Report on the metropolitan horse fairs and district horse shows of 1892-93 - 1892-1893
Year: 1892
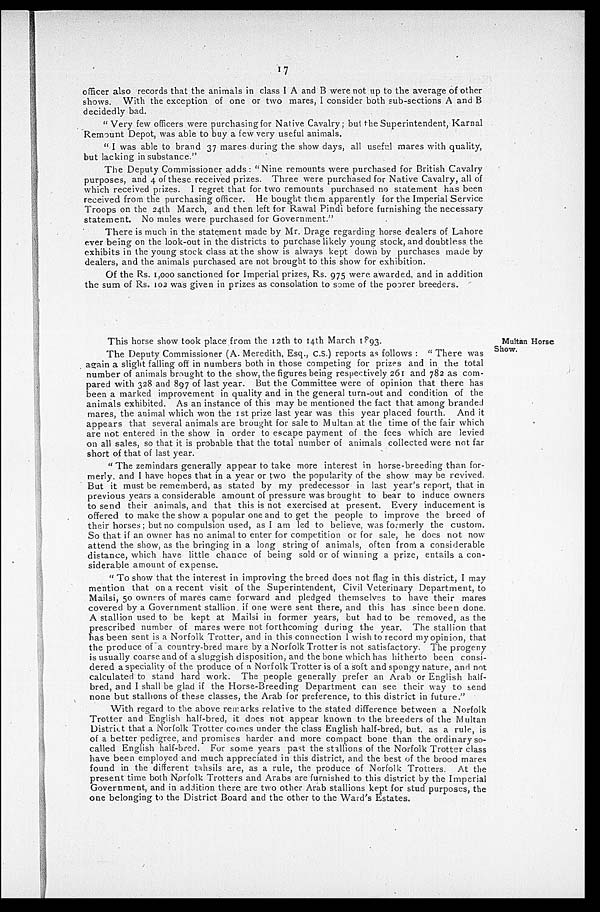
17
officer also records that the animals in class I A and B were not up to the average of other
shows. With the exception of one or two mares, I consider both sub-sections A and B
decidedly bad.
"Very few officers were purchasing for Native Cavalry; but the Superintendent, Karnal
Remount Depot, was able to buy a few very useful animals.
"I was able to brand 37 mares during the show days, all useful mares with quality,
but lacking in substance."
The Deputy Commissioner adds: "Nine remounts were purchased for British Cavalry
purposes, and 4 of these received prizes. Three were purchased for Native Cavalry, all of
which received prizes. I regret that for two remounts purchased no statement has been
received from the purchasing officer. He bought them apparently for the Imperial Service
Troops on the 24th March, and then left for Rawal Pindi before furnishing the necessary
statement. No mules were purchased for Government."
There is much in the statement made by Mr. Drage regarding horse dealers of Lahore
ever being on the look-out in the districts to purchase likely young stock, and doubtless the
exhibits in the young stock class at the show is always kept down by purchases made by
dealers, and the animals purchased are not brought to this show for exhibition.
Of the Rs. 1,000 sanctioned for Imperial prizes, Rs. 975 were awarded, and in addition
the sum of Rs. 102 was given in prizes as consolation to some of the poorer breeders.
Multan Horse
Show.
This horse show took place from the 12th to 14th March 1893.
The Deputy Commissioner (A. Meredith, Esq., C.S.) reports as follows: "There was
again a slight falling off in numbers both in those competing for prizes and in the total
number of animals brought to the show, the figures being respectively 261 and 782 as com-
pared with 328 and 897 of last year. But the Committee were of opinion that there has
been a marked improvement in quality and in the general turn-out and condition of the
animals exhibited. As an instance of this may be mentioned the fact that among branded
mares, the animal which won the 1st prize last year was this year placed fourth. And it
appears that several animals are brought for sale to Multan at the time of the fair which
are not entered in the show in order to escape payment of the fees which are levied
on all sales, so that it is probable that the total number of animals collected were not far
short of that of last year.
"The zemindars generally appear to take more interest in horse-breeding than for-
merly, and I have hopes that in a year or two the popularity of the show may be revived.
But it must be rememberd, as stated by my predecessor in last year's report, that in
previous years a considerable amount of pressure was brought to bear to induce owners
to send their animals, and that this is not exercised at present. Every inducement is
offered to make the show a popular one and to get the people to improve the breed of
their horses; but no compulsion used, as I am led to believe, was formerly the custom.
So that if an owner has no animal to enter for competition or for sale, he does not now
attend the show, as the bringing in a long string of animals, often from a considerable
distance, which have little chance of being sold or of winning a prize, entails a con-
siderable amount of expense.
"To show that the interest in improving the breed does not flag in this district, I may
mention that on a recent visit of the Superintendent, Civil Veterinary Department, to
Mailsi, 50 owners of mares came forward and pledged themselves to have their mares
covered by a Government stallion if one were sent there, and this has since been done.
A stallion used to be kept at Mailsi in former years, but had to be removed, as the
prescribed number of mares were not forthcoming during the year. The stallion that
has been sent is a Norfolk Trotter, and in this connection 1 wish to record my opinion, that
the produce of a country-bred mare by a Norfolk Trotter is not satisfactory. The progeny
is usually coarse and of a sluggish disposition, and the bone which has hitherto been consi-
dered a speciality of the produce of a Norfolk Trotter is of a soft and spongy nature, and not
calculated to stand hard work. The people generally prefer an Arab or English half-
bred, and I shall be glad if the Horse-Breeding Department can see their way to send
none but stallions of these classes, the Arab for preference, to this district in future."
With regard to the above remarks relative to the stated difference between a Norfolk
Trotter and English half-bred, it does not appear known to the breeders of the Multan
District that a Norfolk Trotter comes under the class English half-bred, but, as a rule, is
of a better pedigree, and promises harder and more compact bone than the ordinary so-
called English half-bred. For some years past the stallions of the Norfolk Trotter class
have been employed and much appreciated in this district, and the best of the brood mares
found in the different tahsils are, as a rule, the produce of Norfolk Trotters. At the
present time both Norfolk Trotters and Arabs are furnished to this district by the Imperial
Government, and in addition there are two other Arab stallions kept for stud purposes, the
one belonging to the District Board and the other to the Ward's Estates.